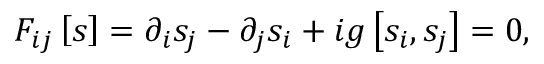
F _ { i j } \left[ s \right] = \partial _ { i } s _ { j } - \partial _ { j } s _ { i } + i g \left[ s _ { i } , s _ { j } \right] = 0 ,